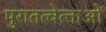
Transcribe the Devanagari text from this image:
पुरातत्‍वेत्‍ताओं